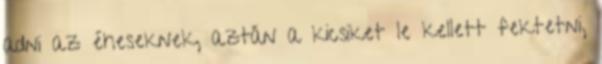
adni az éheseknek, aztán a kicsiket le kellett fektetni,